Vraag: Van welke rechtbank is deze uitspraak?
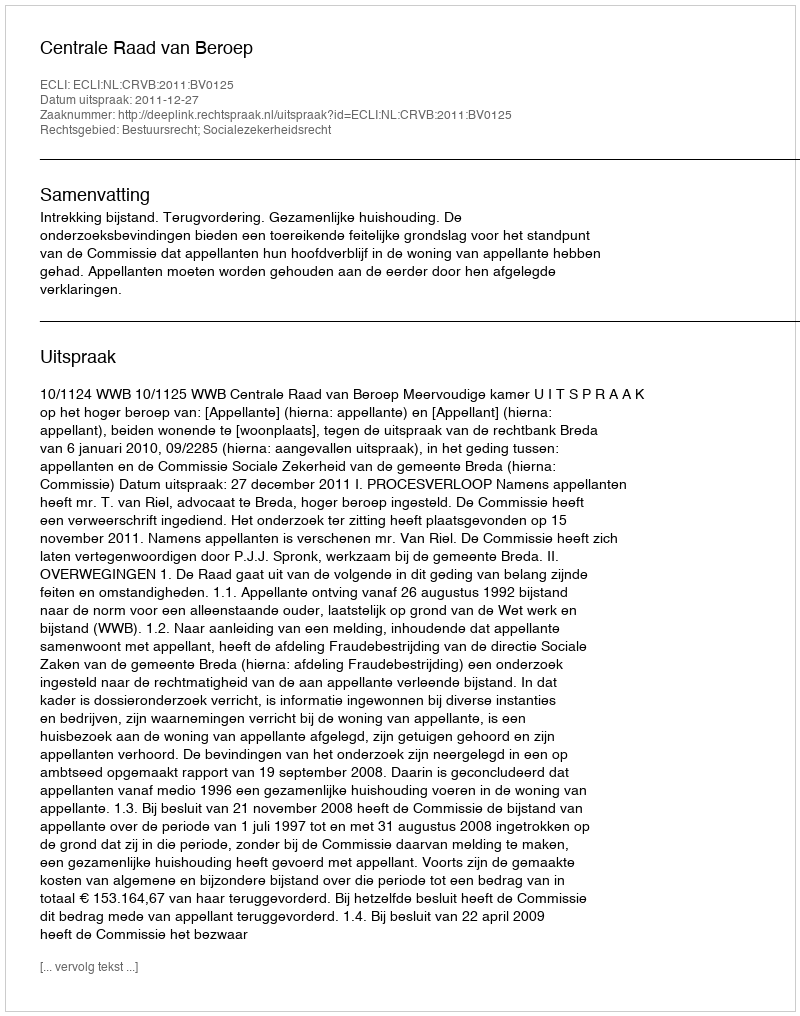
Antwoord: Centrale Raad van Beroep